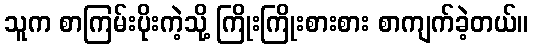
သူက စာကြမ်းပိုးကဲ့သို့ ကြိုးကြိုးစားစား စာကျက်ခဲ့တယ်။